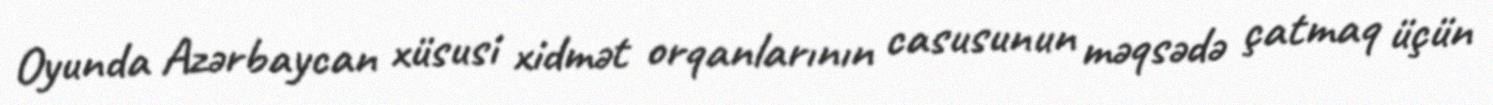
Oyunda Azərbaycan xüsusi xidmət orqanlarının casusunun məqsədə çatmaq üçün